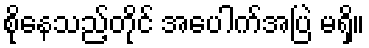
စိုနေသည့်တိုင် အပေါက်အပြဲ မရှိ။